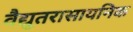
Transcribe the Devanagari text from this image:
वैद्युतरासायनिक